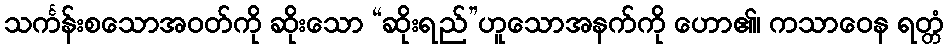
သင်္ကန်းစသောအဝတ်ကို ဆိုးသော “ဆိုးရည်”ဟူသောအနက်ကို ဟော၏၊ ကသာဝေန ရတ္တံ